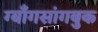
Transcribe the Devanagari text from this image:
ग्याँगसांगबुक